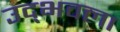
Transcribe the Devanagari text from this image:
उद्‍भवला